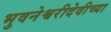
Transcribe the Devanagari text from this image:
भुवनेश्वरीदेवीच्या